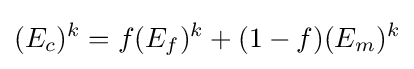
(E_{c})^{k}=f(E_{f})^{k}+(1-f)(E_{m})^{k}